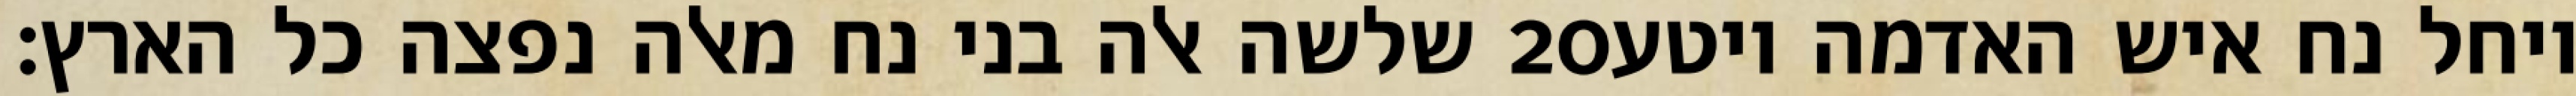
שלשה אלה בני נח מאלה נפצה כל הארץ׃ ‎20‏ ויחל נח איש האדמה ויטע